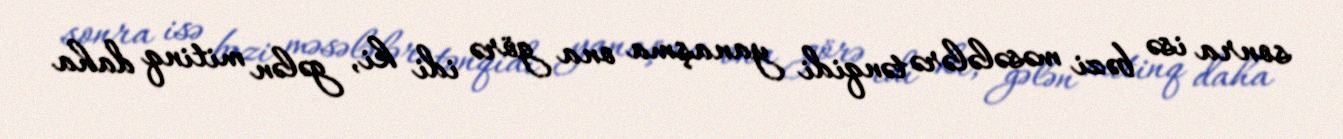
sonra isə bəzi məsələlərə tənqidi yanaşma ona görə idi ki, gələn mitinq daha